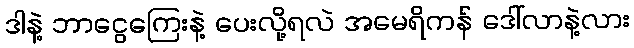
ဒါနဲ့ ဘာငွေကြေးနဲ့ ပေးလို့ရလဲ အမေရိကန် ဒေါ်လာနဲ့လား